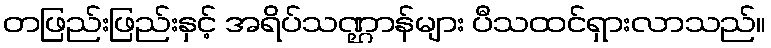
တဖြည်းဖြည်းနှင့် အရိပ်သဏ္ဌာန်များ ပီသထင်ရှားလာသည်။